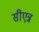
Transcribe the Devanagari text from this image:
सीएन्न